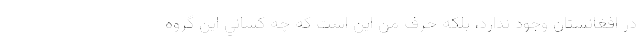
در افغانستان وجود ندارد، بلكه حرف من اين است كه چه كساني اين گروه